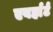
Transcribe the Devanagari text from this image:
एबर्हार्ट